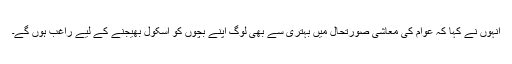
انہوں نے کہا کہ عوام کی معاشی صورتحال میں بہتری سے بھی لوگ اپنے بچوں کو اسکول بھیجنے کے لیے راغب ہوں گے۔